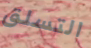
التسلق